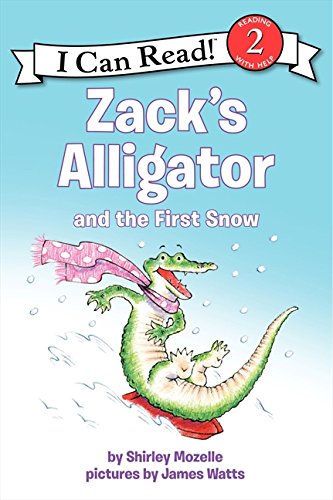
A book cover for Zack's Alligator and the First Snow (I Can Read Level 2); Shirley Mozelle; Children's Books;